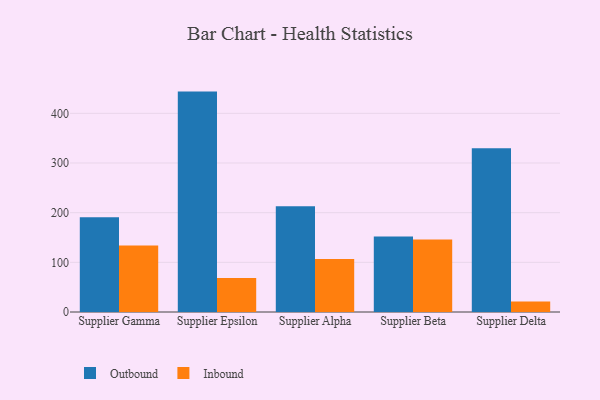
{"axis": {"x": "Supplier", "y": "Tickets Resolved"}, "legend": ["Inbound", "Outbound"], "data": [{"x": "Supplier Gamma", "y": 190.8, "type": "Outbound"}, {"x": "Supplier Gamma", "y": 133.9, "type": "Inbound"}, {"x": "Supplier Epsilon", "y": 443.8, "type": "Outbound"}, {"x": "Supplier Epsilon", "y": 68.7, "type": "Inbound"}, {"x": "Supplier Alpha", "y": 212.8, "type": "Outbound"}, {"x": "Supplier Alpha", "y": 106.6, "type": "Inbound"}, {"x": "Supplier Beta", "y": 151.8, "type": "Outbound"}, {"x": "Supplier Beta", "y": 146.2, "type": "Inbound"}, {"x": "Supplier Delta", "y": 329.9, "type": "Outbound"}, {"x": "Supplier Delta", "y": 21.0, "type": "Inbound"}]}